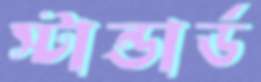
স্টান্ডার্ড